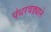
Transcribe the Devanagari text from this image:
पंधरवड्याने